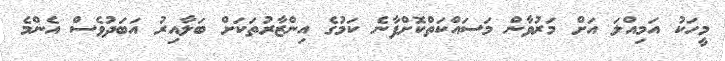
މީހަކު އަމިއްލަ އަށް މަރުވާން މަސައްކަތްކޮށްފާނެ ކަމުގެ އިންޒާރުތަކަށް ބަލާއިރު އަބަދުވެސް އެންމެ